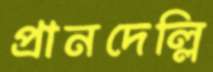
প্রানদেল্লি